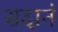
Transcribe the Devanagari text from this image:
सदानं